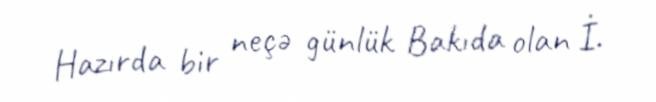
Hazırda bir neçə günlük Bakıda olan İ.